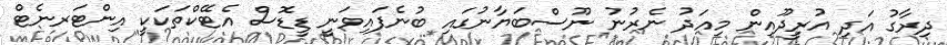
ދިރާގު އަދި އުރީދޫއިން މިއަދު ނެރުނު ނޫސްބަޔާނުގައި ބުނެފައިވަނީ ޑީޑޮސް އެޓޭކްތަކަކީ އިންޓަރނެޓް